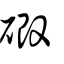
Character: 碫